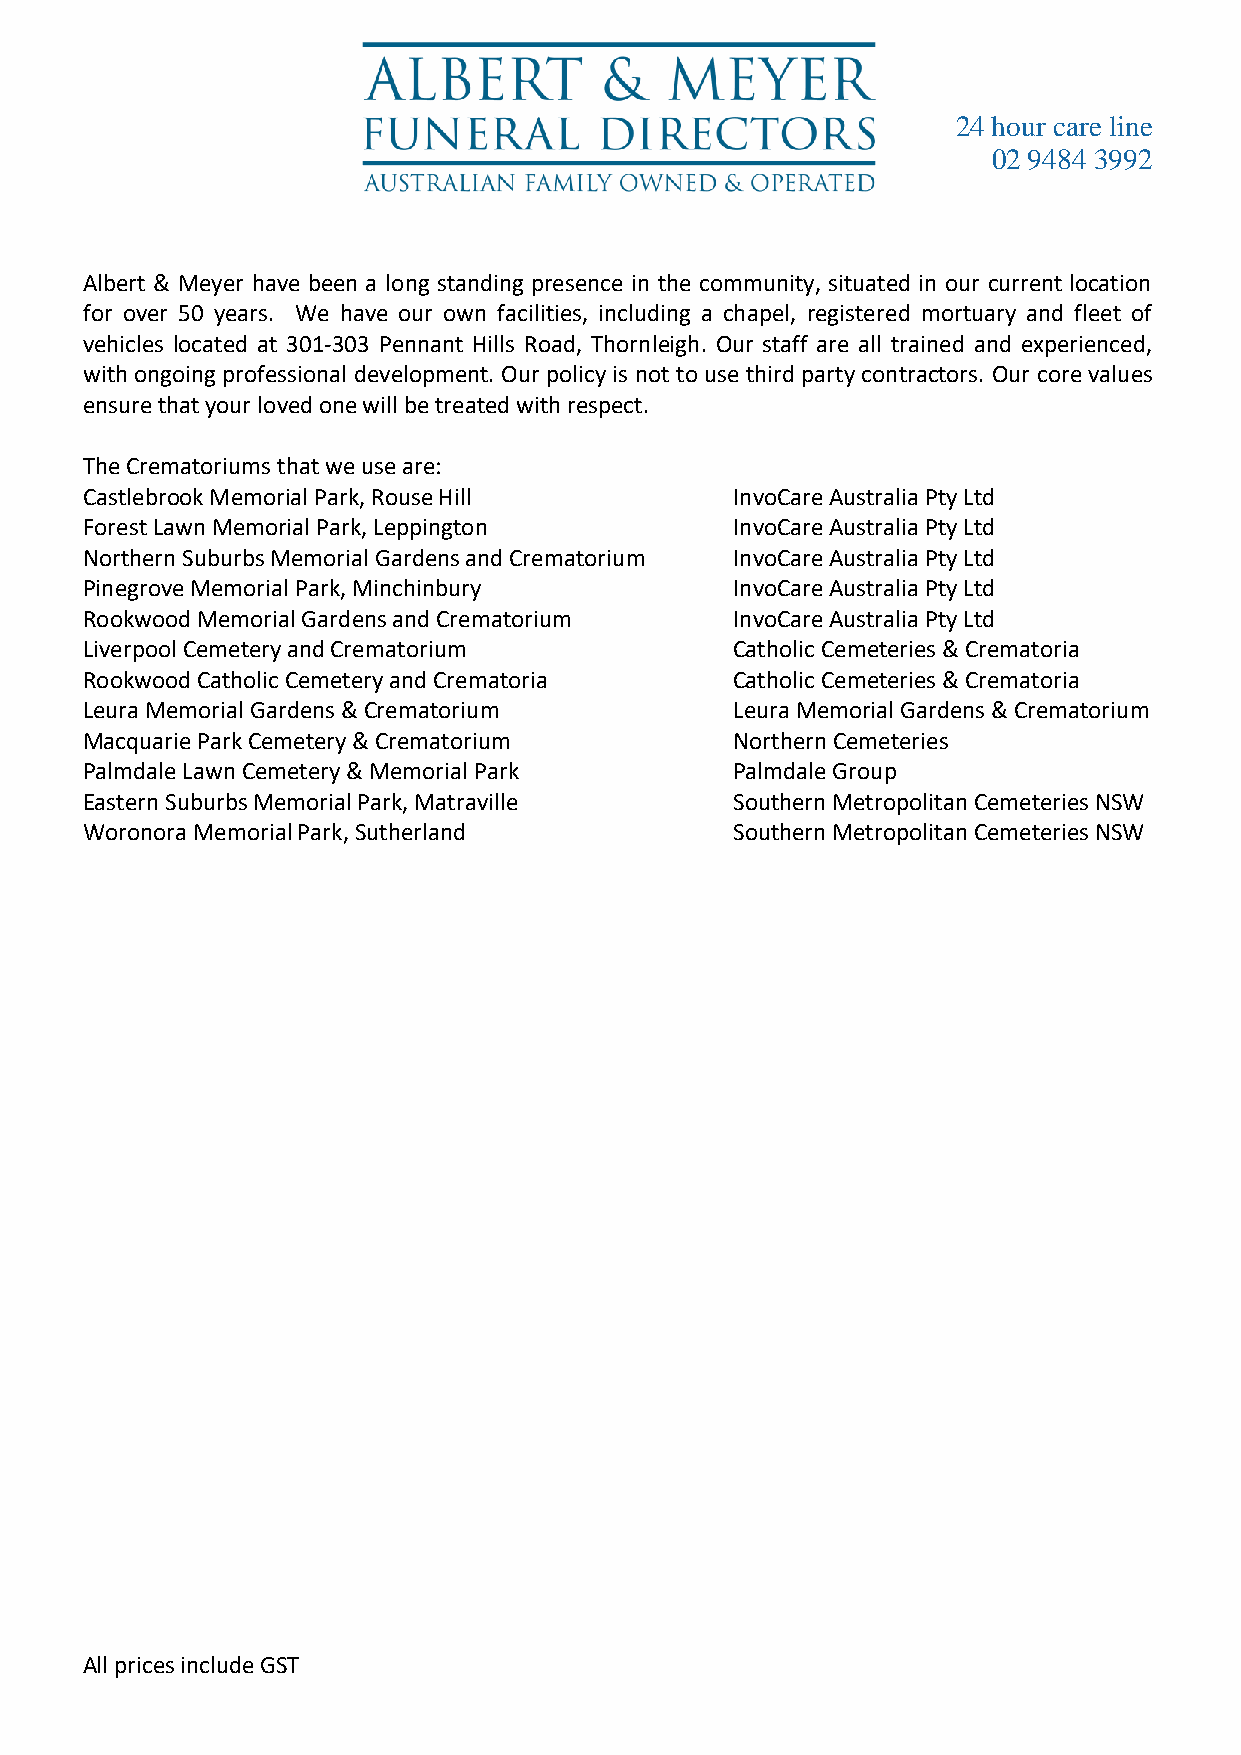
24 hour care line
 02 9484 3992
 Albert & Meyer have been a long standing presence in the community, situated in our current location
 for over 50 years. We have our own facilities, including a chapel, registered mortuary and fleet of
 vehicles located at 301-303 Pennant Hills Road, Thornleigh. Our staff are all trained and experienced,
 with ongoing professional development. Our policy is not to use third party contractors. Our core values
 ensure that your loved one will be treated with respect.
 The Crematoriums that we use are:
 Castlebrook Memorial Park, Rouse Hill       InvoCare Australia Pty Ltd
 Forest Lawn Memorial Park, Leppington       InvoCare Australia Pty Ltd
 Northern Suburbs Memorial Gardens and Crematorium InvoCare Australia Pty Ltd
 Pinegrove Memorial Park, Minchinbury        InvoCare Australia Pty Ltd
 Rookwood Memorial Gardens and Crematorium   InvoCare Australia Pty Ltd
 Liverpool Cemetery and Crematorium          Catholic Cemeteries & Crematoria
 Rookwood Catholic Cemetery and Crematoria   Catholic Cemeteries & Crematoria
 Leura Memorial Gardens & Crematorium        Leura Memorial Gardens & Crematorium
 Macquarie Park Cemetery & Crematorium       Northern Cemeteries
 Palmdale Lawn Cemetery & Memorial Park      Palmdale Group
 Eastern Suburbs Memorial Park, Matraville   Southern Metropolitan Cemeteries NSW
 Woronora Memorial Park, Sutherland          Southern Metropolitan Cemeteries NSW
 All prices include GST